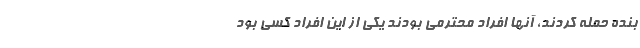
بنده حمله کردند، آنها افراد محترمی بودند یکی از این افراد کسی بود